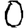
Digit: 0